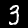
Label: 3